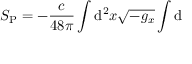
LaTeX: S _ { \mathrm { P } } = - { \frac { c } { 4 8 \pi } } \int \mathrm { d } ^ { 2 } x \sqrt { - g _ { x } } \int \mathrm { d }